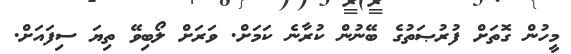
މީހުން ގޮތަށް ފުރުޞަތުގެ ބޭނުން ކުރާނެ ކަމަށް. ވަރަށް ލޯބިވޭ ތިޔަ ސިފައަށް.